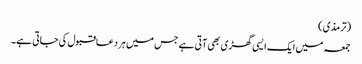
(ترمذی)
جمعہ میں ایک ایسی گھڑی بھی آتی ہے جس میں ہر دعاقبول کی جاتی ہے۔